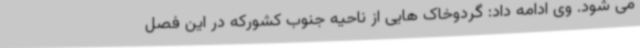
می شود. وی ادامه داد: گردوخاک هایی از ناحیه جنوب کشورکه در این فصل